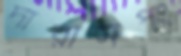
দারাসপং